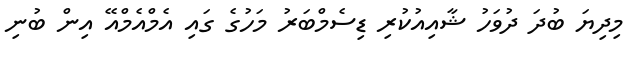
މިދިޔަ ބުދަ ދުވަހު ޝާއިއުކުރި ޑިސެމްބަރު މަހުގެ ގައި އެމްއެމްއޭ އިން ބުނި